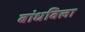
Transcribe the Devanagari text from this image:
बांधविला